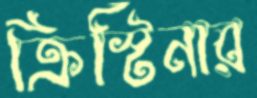
ক্রিস্টিনার